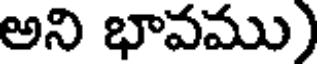
అని భావము)